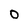
Character: O